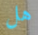
هل